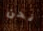
نحن